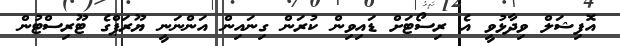
އޮފިޝަލް ވިދާޅުވީ އެ ރިސޯޓަށް ޑައިވިން ކުރަން ގިނައިން އަންނަނީ ޔޫރަޕްގެ ޓޫރިސްޓުން